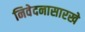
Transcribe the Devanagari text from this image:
निवेदनासारखे